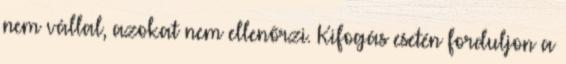
nem vállal, azokat nem ellenőrzi. Kifogás esetén forduljon a